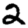
Digit: 2